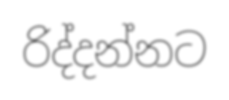
රිද්දන්නට